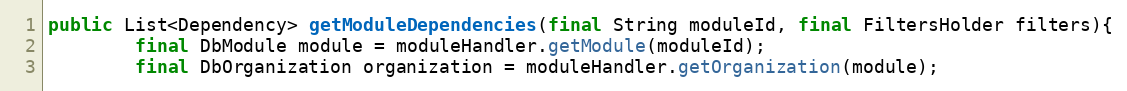
Language: Java
public List<Dependency> getModuleDependencies(final String moduleId, final FiltersHolder filters){
        final DbModule module = moduleHandler.getModule(moduleId);
        final DbOrganization organization = moduleHandler.getOrganization(module);